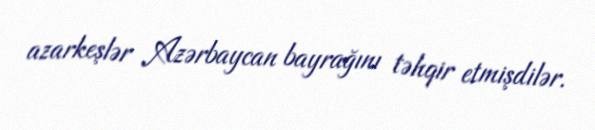
azarkeşlər Azərbaycan bayrağını təhqir etmişdilər.